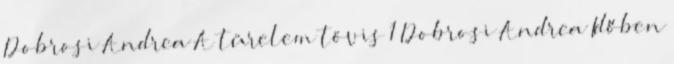
Dobrosi Andrea A türelem tövis 1 Dobrosi Andrea Időben